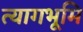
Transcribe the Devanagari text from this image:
त्यागभूमि